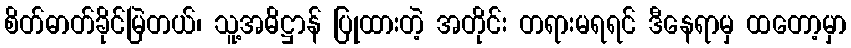
စိတ်ဓာတ်ခိုင်မြဲတယ်၊ သူ့အဓိဋ္ဌာန် ပြုထားတဲ့ အတိုင်း တရားမရရင် ဒီနေရာမှ ထတော့မှာ